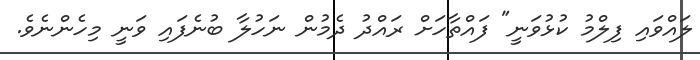
ލައްވައި ފިލްމު ކުޅުވަނީ" ފައްތާހަށް ރައްދު ދެމުން ނަހުލާ ބުނެފައި ވަނީ މިހެންނެވެ.